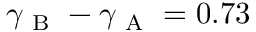
\gamma _ { \mathrm { ~ B ~ } } - \gamma _ { \mathrm { ~ A ~ } } = 0 . 7 3